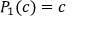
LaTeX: P _ { 1 } ( c ) = c